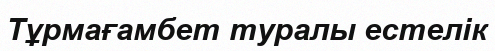
Тұрмағамбет туралы естелік